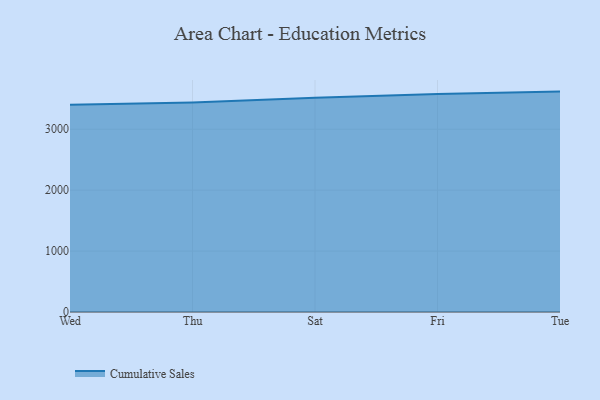
{"axis": {"x": "Day", "y": "Demand Index"}, "legend": ["Cumulative Sales"], "data": [{"x": "Wed", "y": 3400.6, "type": "Cumulative Sales"}, {"x": "Thu", "y": 3438.1, "type": "Cumulative Sales"}, {"x": "Sat", "y": 3516.3, "type": "Cumulative Sales"}, {"x": "Fri", "y": 3579.1, "type": "Cumulative Sales"}, {"x": "Tue", "y": 3618.2, "type": "Cumulative Sales"}]}